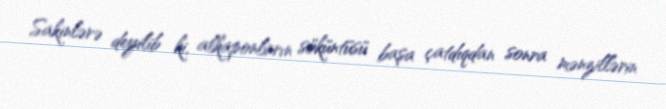
Sakinlərə deyilib ki, alkaponların söküntüsü başa çatdıqdan sonra mənzillərin